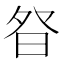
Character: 𭼿